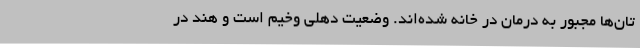
تان‌ها مجبور به درمان در خانه شده‌اند. وضعیت دهلی وخیم است و هند در